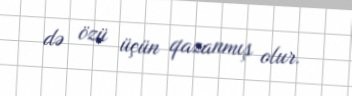
də özü üçün qazanmış olur.